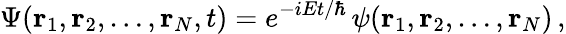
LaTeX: \Psi(\mathbf{r}_{1},\mathbf{r}_{2},\ldots,\mathbf{r}_{N},t)=e^{-iEt/\hbar}\, \psi(\mathbf{r}_{1},\mathbf{r}_{2},\ldots,\mathbf{r}_{N})\, ,